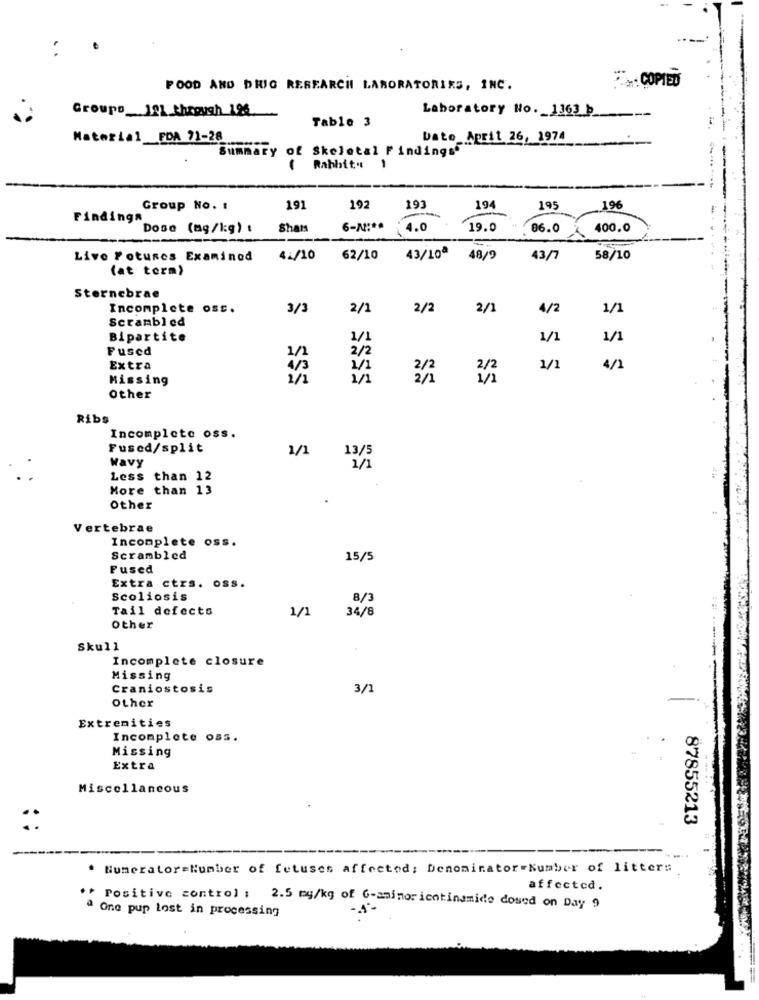
COPIED
FOOD AND DRUG RESEARCH LABORATORIES, INC.
Groups 1º1 through 196
Laboratory No. 1363 b
Tablo 3
Material FDA 71-28
Dato April 26, 1974
Summary of Skeletal Findings'
1
Rabbits
Group No. :
191
192
193
194
195
196
Findinga
Dose (mg/kg) :
Shats
6-2 :**
4.0
19.0
06.0
400.0
Live Fotunes Examined
42/10
62/10
43/10ª
48/9
43/7
58/10
(at term)
Sternebrae
Incomplete oss.
3/3
2/1
2/2
2/1
4/2
1/1
Scrambled
Bipartite
1/1
1/1
1/1
Fused
1/1
2/2
Extra
4/3
1/1
2/2
2/2
1/1
4/1
Missing
1/1
1/1
2/1
1/2
Other
Ribs
Incomplete oss.
Fused/split
1/1
13/5
Wavy
1/1
Less
than 12
More than 13
Other
Vertebrae
Incomplete oss.
Scrambled
15/5
Fused
Extra ctrs. oss.
Scoliosis
8/3
Tail defects
1/1
34/8
other
Skull
Incomplete closure
Missing
Craniostosis
3/1
other
Extremities
Incomplete oss.
Missing
Extra
Miscellaneous
87855213
. NumeratoreNumber of fetuses affected; Denominator-Number of litters
affected.
" Positive control : 2.5 mg/kg of G-aminor icotinamide dosed on Day 9
One pup lost in processing